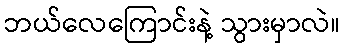
ဘယ်လေကြောင်းနဲ့ သွားမှာလဲ။